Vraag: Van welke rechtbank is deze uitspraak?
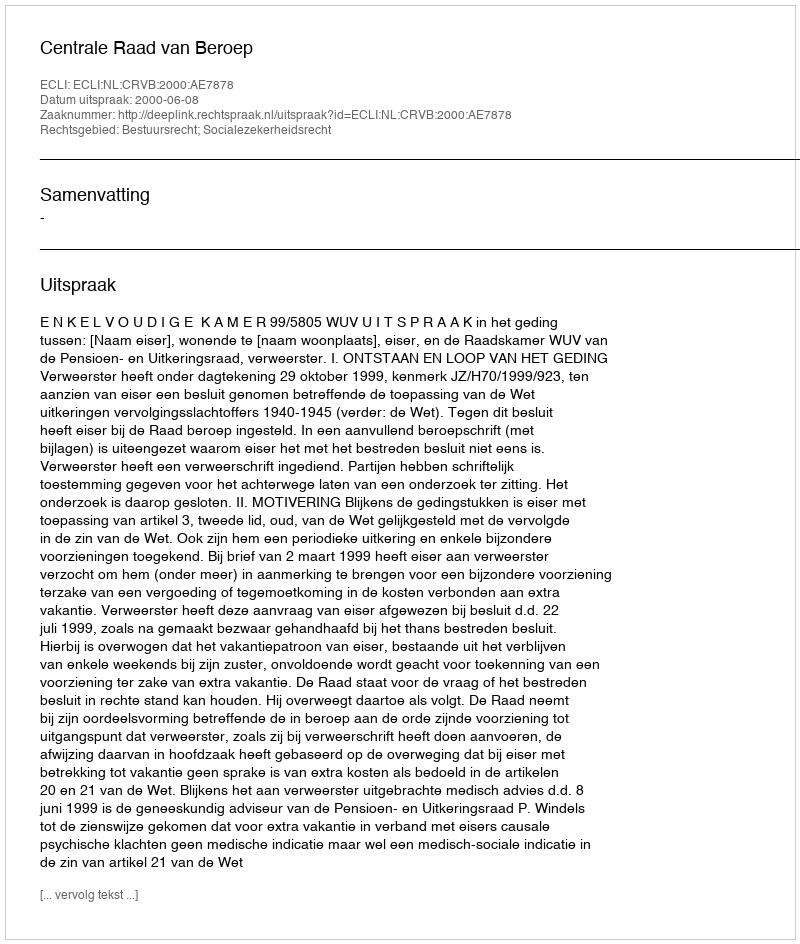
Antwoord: Centrale Raad van Beroep